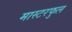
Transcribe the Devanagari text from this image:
मास्टरफुल